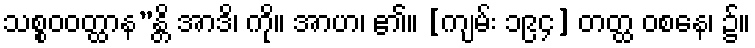
သစ္စဝဝတ္ထာန”န္တိ အာဒိ၊ ကို။ အာဟ၊ ၏။ [ကျမ်း ၁၉၄] တတ္ထ ဝစနေ၊ ၌။